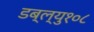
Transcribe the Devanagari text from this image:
डब्ल्यु१०८